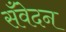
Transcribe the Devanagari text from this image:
सँवेदन